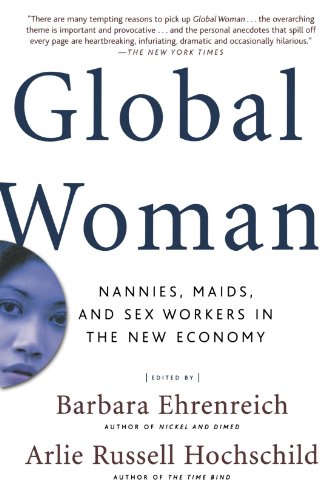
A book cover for Global Woman: Nannies, Maids, and Sex Workers in the New Economy; Business & Money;